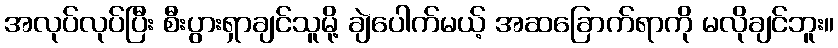
အလုပ်လုပ်ပြီး စီးပွားရှာချင်သူမို့ ချဲပေါက်မယ့် အဆခြောက်ရာကို မလိုချင်ဘူး။